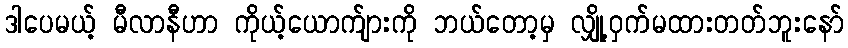
ဒါပေမယ့် မီလာနီဟာ ကိုယ့်ယောက်ျားကို ဘယ်တော့မှ လျှို့ဝှက်မထားတတ်ဘူးနော်